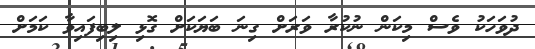
ދުވަހަކު ވެސް މިކަން ނުކުރާ ވަރަށް ގިނަ ބަޔަކަށް ގޮޅި ލިބިފައިވާ ކަމަށް